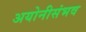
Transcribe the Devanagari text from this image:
अयोनीसंभव